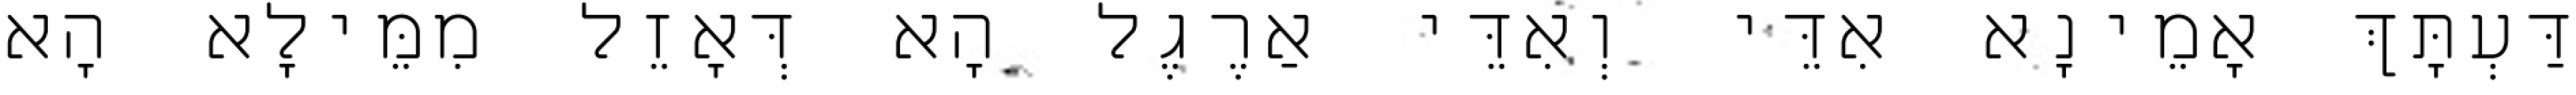
דַּעְתָּךְ אָמֵינָא אִדֵּי וְאִדֵּי אַרֶגֶל הָא דְּאָזֵל מִמֵּילָא הָא